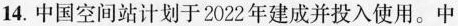
14.中国空间站计划于2022年建成并投入使用。中